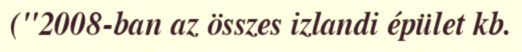
("2008-ban az összes izlandi épület kb.